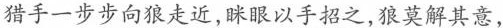
猎手一步步向狼走近,眯眼以手招之,狼莫解其意，